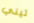
تيني